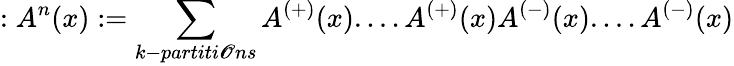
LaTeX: :A^{n}(x):=\sum_{k-partiti\mathscr{O}ns}A^{\left(+\right)}(x)....A^{\left(+\right)}(x)A^{\left(-\right)}(x)....A^{\left(-\right)}(x)